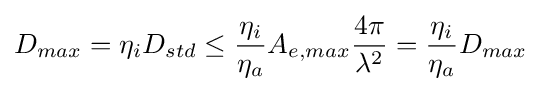
D_{max}=\eta _{i}D_{std}\leq {\frac {\eta _{i}}{\eta _{a}}}A_{e,max}{\frac {4\pi }{\lambda ^{2}}}={\frac {\eta _{i}}{\eta _{a}}}D_{max}